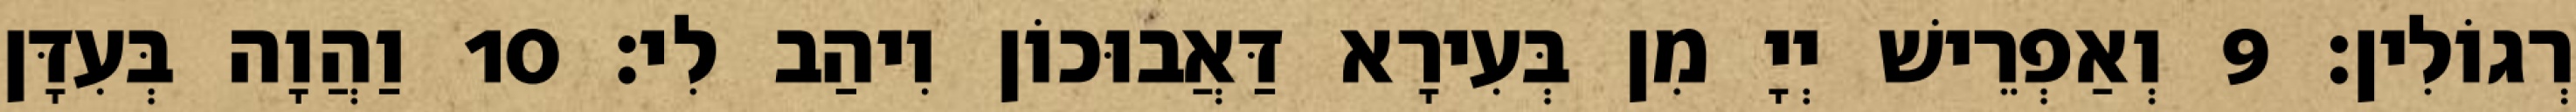
רְגוֹלִין׃ 9 וְאַפְרֵישׁ יְיָ מִן בְּעִירָא דַּאֲבוּכוֹן וִיהַב לִי׃ 10 וַהֲוָה בְּעִדָּן